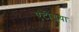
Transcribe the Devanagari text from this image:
एंटींगुया